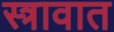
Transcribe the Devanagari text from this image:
स्त्रावात